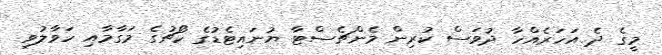
މީގެ ދެ އަހަރެއްހާ ދުވަސް ކުރިން މެންޗެސްޓާ ޔުނައިޓެޑުގެ ކޯޗުގެ މަގާމާއި ހަވާލުވި